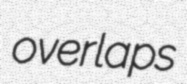
overlaps